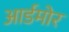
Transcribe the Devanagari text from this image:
आर्डमोर